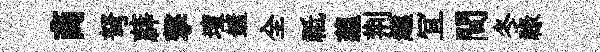
商弩薜撃壇鏟全祗蘊荆趣冝間冬禄